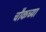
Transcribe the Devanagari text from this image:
चौकच्या